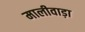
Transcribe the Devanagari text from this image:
मालीवाड़ा